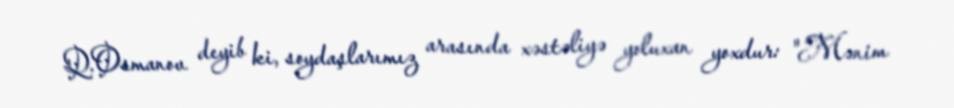
Q.Osmanov deyib ki, soydaşlarımız arasında xəstəliyə yoluxan yoxdur: "Mənim